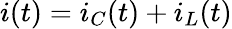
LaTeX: i(t)=i_{C}(t)+i_{L}(t)